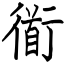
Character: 衜